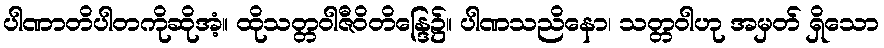
ပါဏာတိပါတကိုဆိုအံ့။ ထိုသတ္တဝါဇီဝိတိန္ဒြေ၌။ ပါဏသညိနော၊ သတ္တဝါဟု အမှတ် ရှိသော